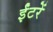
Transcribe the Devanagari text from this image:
ईंटरें